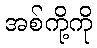
အစ်ကို့ကို